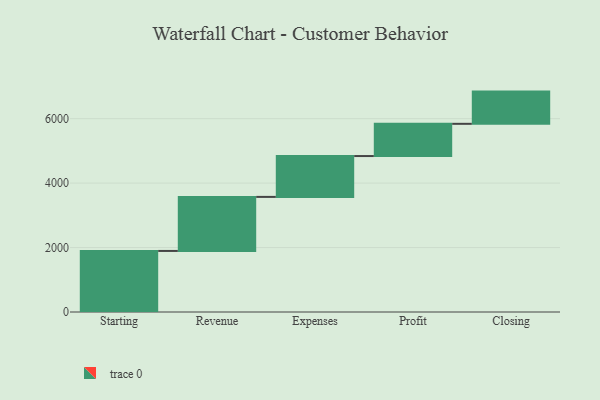
{"axis": {"x": "Step", "y": "Value"}, "legend": [""], "data": [{"x": "Starting", "y": 1895.0, "type": ""}, {"x": "Revenue", "y": 1677.0, "type": ""}, {"x": "Expenses", "y": 1268.0, "type": ""}, {"x": "Profit", "y": 1000, "type": ""}, {"x": "Closing", "y": 1000, "type": ""}]}